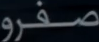
صفر